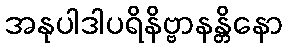
အနုပါဒါပရိနိဗ္ဗာနန္တိနော